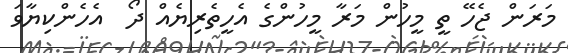
މަރަން ޖެހޭ ތީ މީހުން މަރާ މީހުންގެ އެހީތެރިޔެއް ދޯ  އެހެންކިޔާވަ